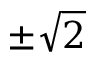
\pm \sqrt { 2 }